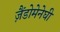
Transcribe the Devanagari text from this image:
ज़ैंडोमेनेघी